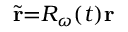
\widetilde { \mathbf { r } } { = } \ensuremath { R _ { \omega } } ( t ) \mathbf { r }